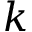
k